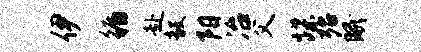
伊循赴毅阳冶父蹀殆眠